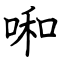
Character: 啝